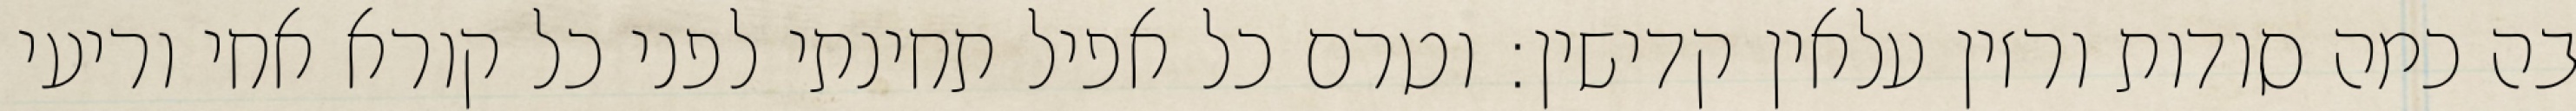
בה כמה סודות ורזין עלאין קדישין: וטרם כל אפיל תחינתי לפני כל קורא אחי וריעי